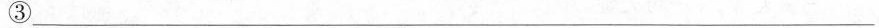
③___